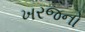
ખરજનો